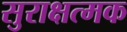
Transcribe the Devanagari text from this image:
सुराक्षत्मक